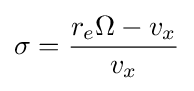
\sigma ={\frac {r_{e}\Omega -v_{x}}{v_{x}}}